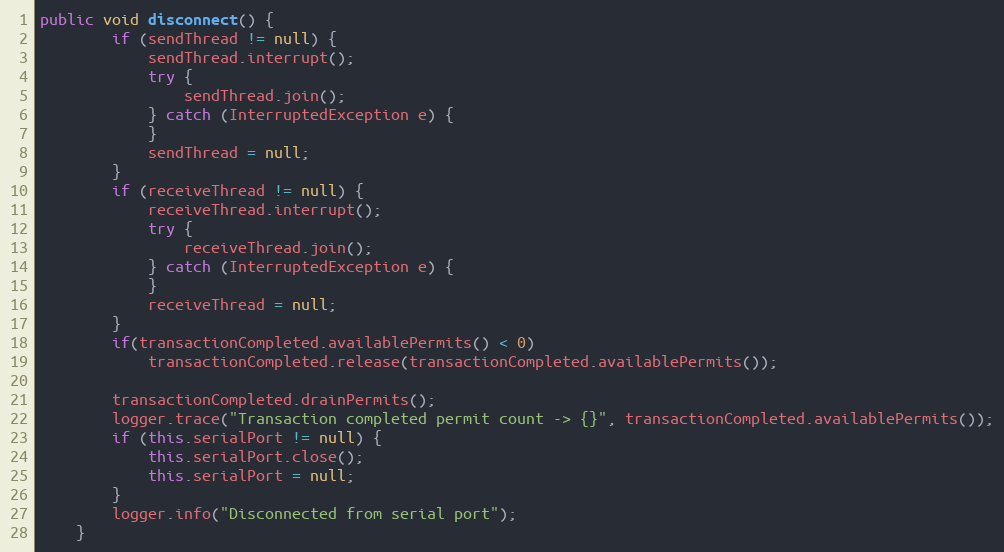
Language: Java
public void disconnect() {
		if (sendThread != null) {
			sendThread.interrupt();
			try {
				sendThread.join();
			} catch (InterruptedException e) {
			}
			sendThread = null;
		}
		if (receiveThread != null) {
			receiveThread.interrupt();
			try {
				receiveThread.join();
			} catch (InterruptedException e) {
			}
			receiveThread = null;
		}
		if(transactionCompleted.availablePermits() < 0)
			transactionCompleted.release(transactionCompleted.availablePermits());

		transactionCompleted.drainPermits();
		logger.trace("Transaction completed permit count -> {}", transactionCompleted.availablePermits());
		if (this.serialPort != null) {
			this.serialPort.close();
			this.serialPort = null;
		}
		logger.info("Disconnected from serial port");
	}